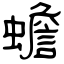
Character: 蟾